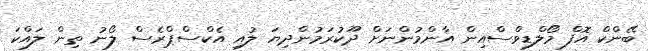
ބޭންކް އޮފް މޯލްޑިވްސްއިން އާންމުންނަށް ދޫކުރަމުންދިޔަ ލުއި އެކްސްޕްރެސް ލޯނު ތިން ލައްކަ